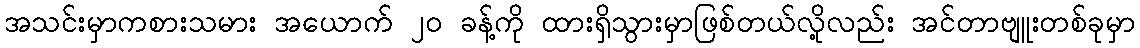
အသင်းမှာကစားသမား အယောက် ၂၀ ခန့်ကို ထားရှိသွားမှာဖြစ်တယ်လို့လည်း အင်တာဗျူးတစ်ခုမှာ